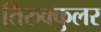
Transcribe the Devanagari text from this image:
तिरुक्कुलर